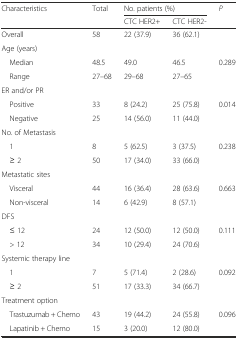
<table><thead><tr><td rowspan="2"><b>Characteristics</b></td><td rowspan="2"><b>Total</b></td><td colspan="2"><b>No. patients (%)</b></td><td rowspan="2"><b><i>P</i></b></td></tr><tr><td><b>CTC HER2+</b></td><td><b>CTC HER2-</b></td></tr></thead><tbody><tr><td>Overall</td><td>58</td><td>22 (37.9)</td><td>36 (62.1)</td><td></td></tr><tr><td>Age (years)</td><td></td><td></td><td></td><td></td></tr><tr><td> Median</td><td>48.5</td><td>49.0</td><td>46.5</td><td rowspan="2">0.289</td></tr><tr><td> Range</td><td>27–68</td><td>29–68</td><td>27–65</td></tr><tr><td>ER and/or PR</td><td></td><td></td><td></td><td></td></tr><tr><td> Positive</td><td>33</td><td>8 (24.2)</td><td>25 (75.8)</td><td rowspan="2">0.014</td></tr><tr><td> Negative</td><td>25</td><td>14 (56.0)</td><td>11 (44.0)</td></tr><tr><td>No. of Metastasis</td><td></td><td></td><td></td><td></td></tr><tr><td> 1</td><td>8</td><td>5 (62.5)</td><td>3 (37.5)</td><td rowspan="2">0.238</td></tr><tr><td> ≥ 2</td><td>50</td><td>17 (34.0)</td><td>33 (66.0)</td></tr><tr><td>Metastatic sites</td><td></td><td></td><td></td><td></td></tr><tr><td> Visceral</td><td>44</td><td>16 (36.4)</td><td>28 (63.6)</td><td rowspan="2">0.663</td></tr><tr><td> Non-visceral</td><td>14</td><td>6 (42.9)</td><td>8 (57.1)</td></tr><tr><td>DFS</td><td></td><td></td><td></td><td></td></tr><tr><td> ≤ 12</td><td>24</td><td>12 (50.0)</td><td>12 (50.0)</td><td rowspan="2">0.111</td></tr><tr><td> &gt; 12</td><td>34</td><td>10 (29.4)</td><td>24 (70.6)</td></tr><tr><td>Systemic therapy line</td><td></td><td></td><td></td><td></td></tr><tr><td> 1</td><td>7</td><td>5 (71.4)</td><td>2 (28.6)</td><td rowspan="2">0.092</td></tr><tr><td> ≥ 2</td><td>51</td><td>17 (33.3)</td><td>34 (66.7)</td></tr><tr><td>Treatment option</td><td></td><td></td><td></td><td></td></tr><tr><td> Trastuzumab + Chemo</td><td>43</td><td>19 (44.2)</td><td>24 (55.8)</td><td rowspan="2">0.096</td></tr><tr><td> Lapatinib + Chemo</td><td>15</td><td>3 (20.0)</td><td>12 (80.0)</td></tr></tbody></table>